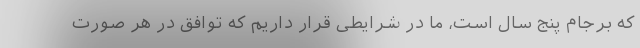
که برجام پنج سال است، ما در شرایطی قرار داریم که توافق در هر صورت